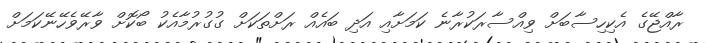
ރާއްޖޭގެ އެކިހިސާބަށް ވިއްސާރަކުރާނެ ކަމަށާއި އަދި ބައެއް ރަށްތަކަށް ގުގުރުމާއެކު ބޯކޮށް ވާރޭވެހޭނޭކަމަށް